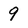
Character: 9